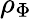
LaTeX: \rho_{\Phi}